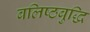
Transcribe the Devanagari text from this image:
बलिष्ठबुद्धि